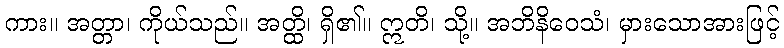
ကား။ အတ္တာ၊ ကိုယ်သည်။ အတ္ထိ၊ ရှိ၏။ ဣတိ၊ သို့။ အဘိနိဝေသံ၊ မှားသောအားဖြင့်